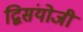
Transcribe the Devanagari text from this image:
द्विसंयोजी